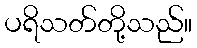
ပရိသတ်တို့သည်။